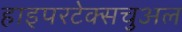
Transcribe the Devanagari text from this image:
हाइपरटेक्सचुअल